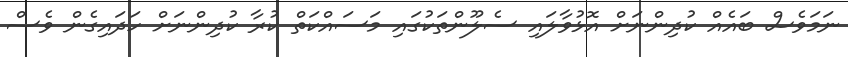
ނަމަވެސް ބައެއް ކުދިންނަށް އޮޅުވާލައި ސެލޫންތަކުގައި މަސައްކަތް ކުރާ ކުދިންނަށް ހަދައިގެން ވެސް